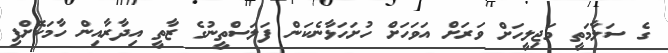
ގެ ސަލާމަތީ މަޖިލީހަށް ވަރަށް އަވަހަށް ހުށަހަޅާނެކަން ފަލަސްތީނުގެ ޒާތީ އިދާރާއިން ހާމަކޮށްފި